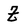
Character: Z